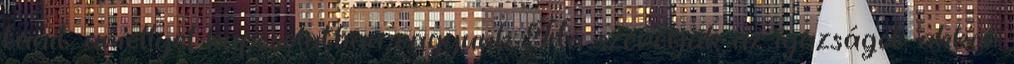
tanít, amellyel kapcsolatban vagyunk. Ha szeretjük az igazságot, akkor